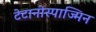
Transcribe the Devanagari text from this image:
टेटानोस्पाज्मिन